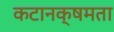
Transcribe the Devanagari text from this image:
कटानक्षमता